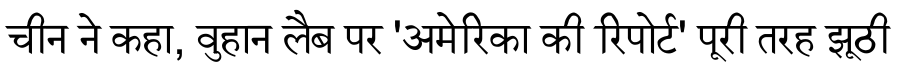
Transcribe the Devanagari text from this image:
चीन ने कहा, वुहान लैब पर 'अमेरिका की रिपोर्ट' पूरी तरह झूठी